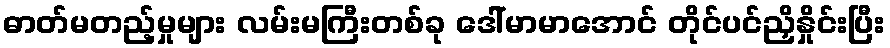
ဓာတ်မတည့်မှုများ လမ်းမကြီးတစ်ခု ဒေါ်မာမာအောင် တိုင်ပင်ညှိနှိုင်းပြီး